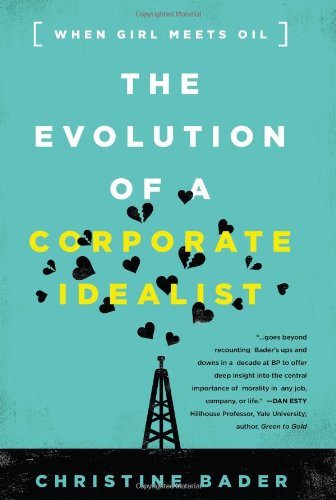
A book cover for The Evolution of a Corporate Idealist: When Girl Meets Oil; Christine Bader; Business & Money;